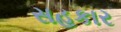
સહકાર